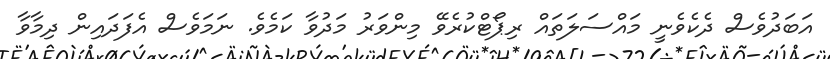
އަބަދުވެސް ދެކެވެނީ މައްސަލަތައް ރިޕޯޓްކުރެވޭ މިންވަރު މަދުވާ ކަމެވެ. ނަމަވެސް އެފަދައިން ދިމާވާ